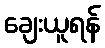
ချေးယူရန်